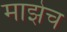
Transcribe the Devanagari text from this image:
माझेच